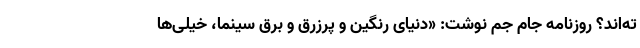
ته‌اند؟ روزنامه جام جم نوشت: «دنیای رنگین و پرزرق و برق سینما، خیلی‌ها